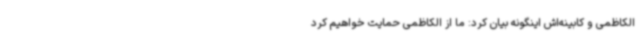
الکاظمی و کابینه‌اش اینگونه بیان کرد: ما از الکاظمی حمایت خواهیم کرد